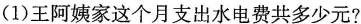
(1)王阿姨家这个月支出水电费共多少元?